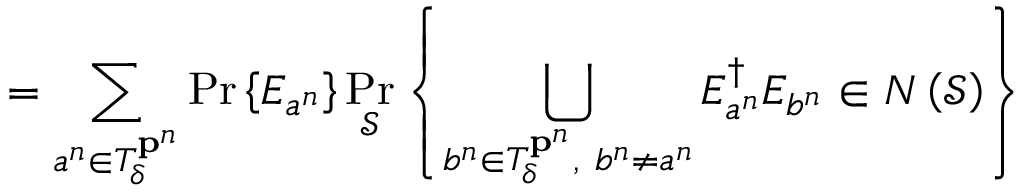
= \sum _ { a ^ { n } \in T _ { \delta } ^ { \mathbf { p } ^ { n } } } \operatorname* { P r } \left\{ E _ { a ^ { n } } \right\} \operatorname* { P r } _ { \mathcal { S } } \left\{ \bigcup _ { b ^ { n } \in T _ { \delta } ^ { \mathbf { p } ^ { n } } , \ b ^ { n } \neq a ^ { n } } E _ { a ^ { n } } ^ { \dagger } E _ { b ^ { n } } \in N \left( { \mathcal { S } } \right) \right\}